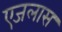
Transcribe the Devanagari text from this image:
एजलास